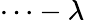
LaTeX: \cdots-\lambda